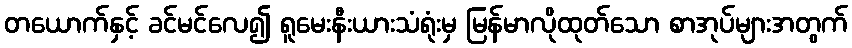
တယောက်နှင့် ခင်မင်လေ၍ ရူမေးနီးယားသံရုံးမှ မြန်မာလိုထုတ်သော စာအုပ်များအတွက်